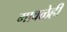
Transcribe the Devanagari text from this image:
मावळेही